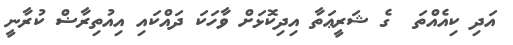
އަދި ކިއެއްތަ  ގެ ޝަރީޢަތާ އިދިކޮޅަށް ވާހަކަ ދައްކައި އިއުތިރާޟް ކުރާނީ